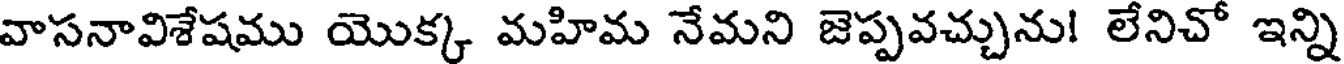
వాసనావిశేషము యొక్క మహిమ నేమని జెప్పవచ్చును! లేనిచో ఇన్ని